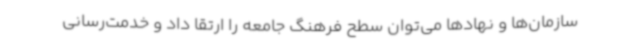
سازمان‌ها و نهادها می‌توان سطح فرهنگ جامعه را ارتقا داد و خدمت‌رسانی